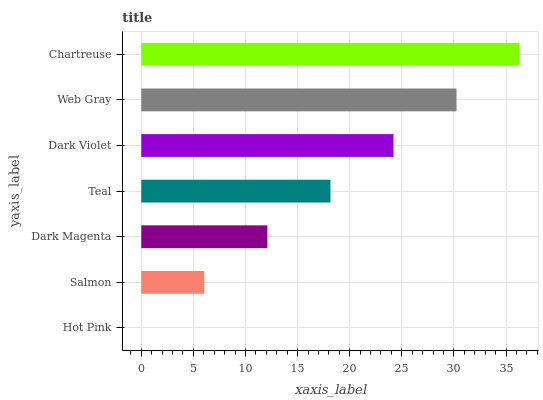
| yaxis_label | bars |
 | --- | --- |
 | Hot Pink | 0 |
 | Salmon | 6.05 |
 | Dark Magenta | 12.1 |
 | Teal | 18.2 |
 | Dark Violet | 24.2 |
 | Web Gray | 30.3 |
 | Chartreuse | 36.3 |